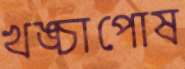
খঙ্চাপোষ